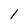
Character: l